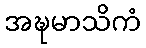
အဍ္ဎမာသိကံ